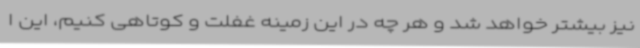
نیز بیشتر خواهد شد و هر چه در این زمینه غفلت و کوتاهی کنیم، این ا